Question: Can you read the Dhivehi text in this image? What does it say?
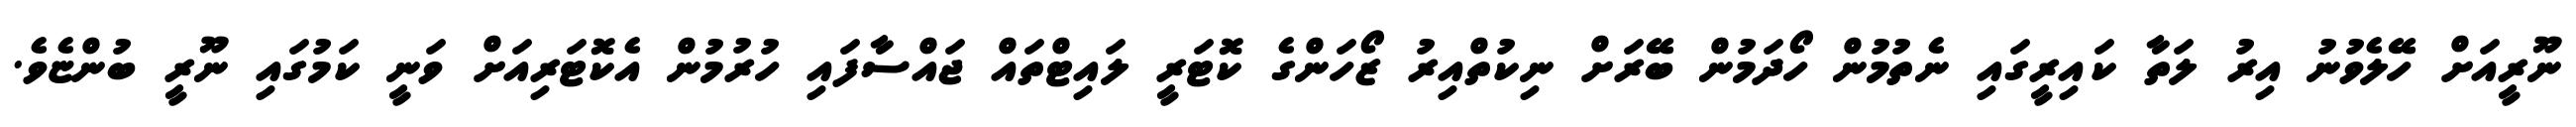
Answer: ނޫރީއަށް ހޭލެވުނު އިރު ލަތާ ކައިރީގައި ނެތުމުން ހޯދަމުން ބޭރަށް ނިކުތްއިރު ޒޯހަންގެ ކޮޓަރީ ލައިޓްތައް ޖައްސާފައި ހުރުމުން އެކޮޓަރިއަށް ވަނީ ކަމުގައި ނޫރީ ބުންޏެވެ.